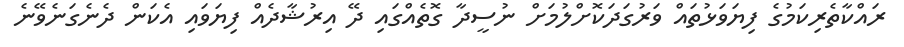
ރައްކާތެރިކަމުގެ ފިޔަވަޅުތައް ވަރުގަދަކޮށްލުމަށް ނުސީދާ ގޮތެއްގައި ދޭ އިރުޝާދެއް ފިޔަވައި އެކަން ދެނެގަނެވޭނެ